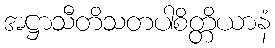
အဋ္ဌာသီတိသတပါစိတ္တိယာနံ